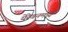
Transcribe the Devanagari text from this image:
येरेवनमध्ये